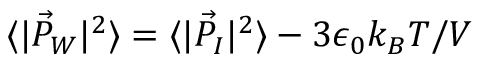
\langle | \vec { P } _ { W } | ^ { 2 } \rangle = \langle | \vec { P } _ { I } | ^ { 2 } \rangle - 3 \epsilon _ { 0 } k _ { B } T / V